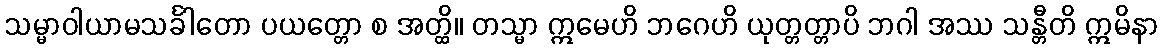
သမ္မာဝါယာမသင်္ခါတော ပယတ္တော စ အတ္ထိ။ တသ္မာ ဣမေဟိ ဘဂေဟိ ယုတ္တတ္တာပိ ဘဂါ အဿ သန္တီတိ ဣမိနာ